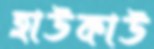
হাউকাউ